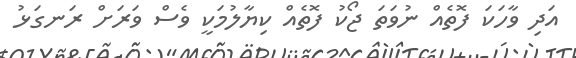
އަދި ވާހަކަ ފޮތެއް ނުވަތަ ޖޯކު ފޮތެއް ކިޔާލުމަކީ ވެސް ވަރަށް ރަނގަޅު